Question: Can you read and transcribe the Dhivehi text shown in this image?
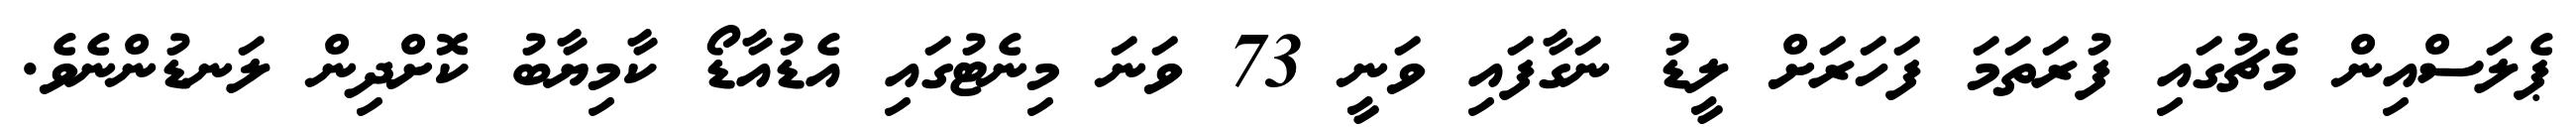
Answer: ޕެލަސްއިން މެޗުގައި ފުރަތަމަ ފަހަރަށް ލީޑު ނަގާފައި ވަނީ 73 ވަނަ މިނެޓުގައި އެޑުއާޑޯ ކާމިޔާބު ކޮށްދިން ލަނޑުންނެވެ.